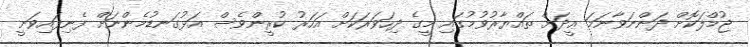
ޖުމްލަކޮށް ދަންނަވާނަމަ ޢީދަށް ތައްޔާރުވުމުގައި މީގެ ދިހަވަރަކަށް އަހަރު ކުރީންވެސް އަޅުގަނޑުމެންނަށް ފެނިފައިވަނީ